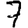
Digit: 7